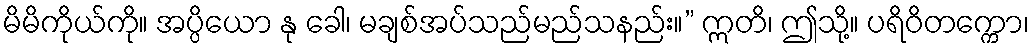
မိမိကိုယ်ကို။ အပ္ပိယော နု ခေါ၊ မချစ်အပ်သည်မည်သနည်း။” ဣတိ၊ ဤသို့။ ပရိဝိတက္ကော၊